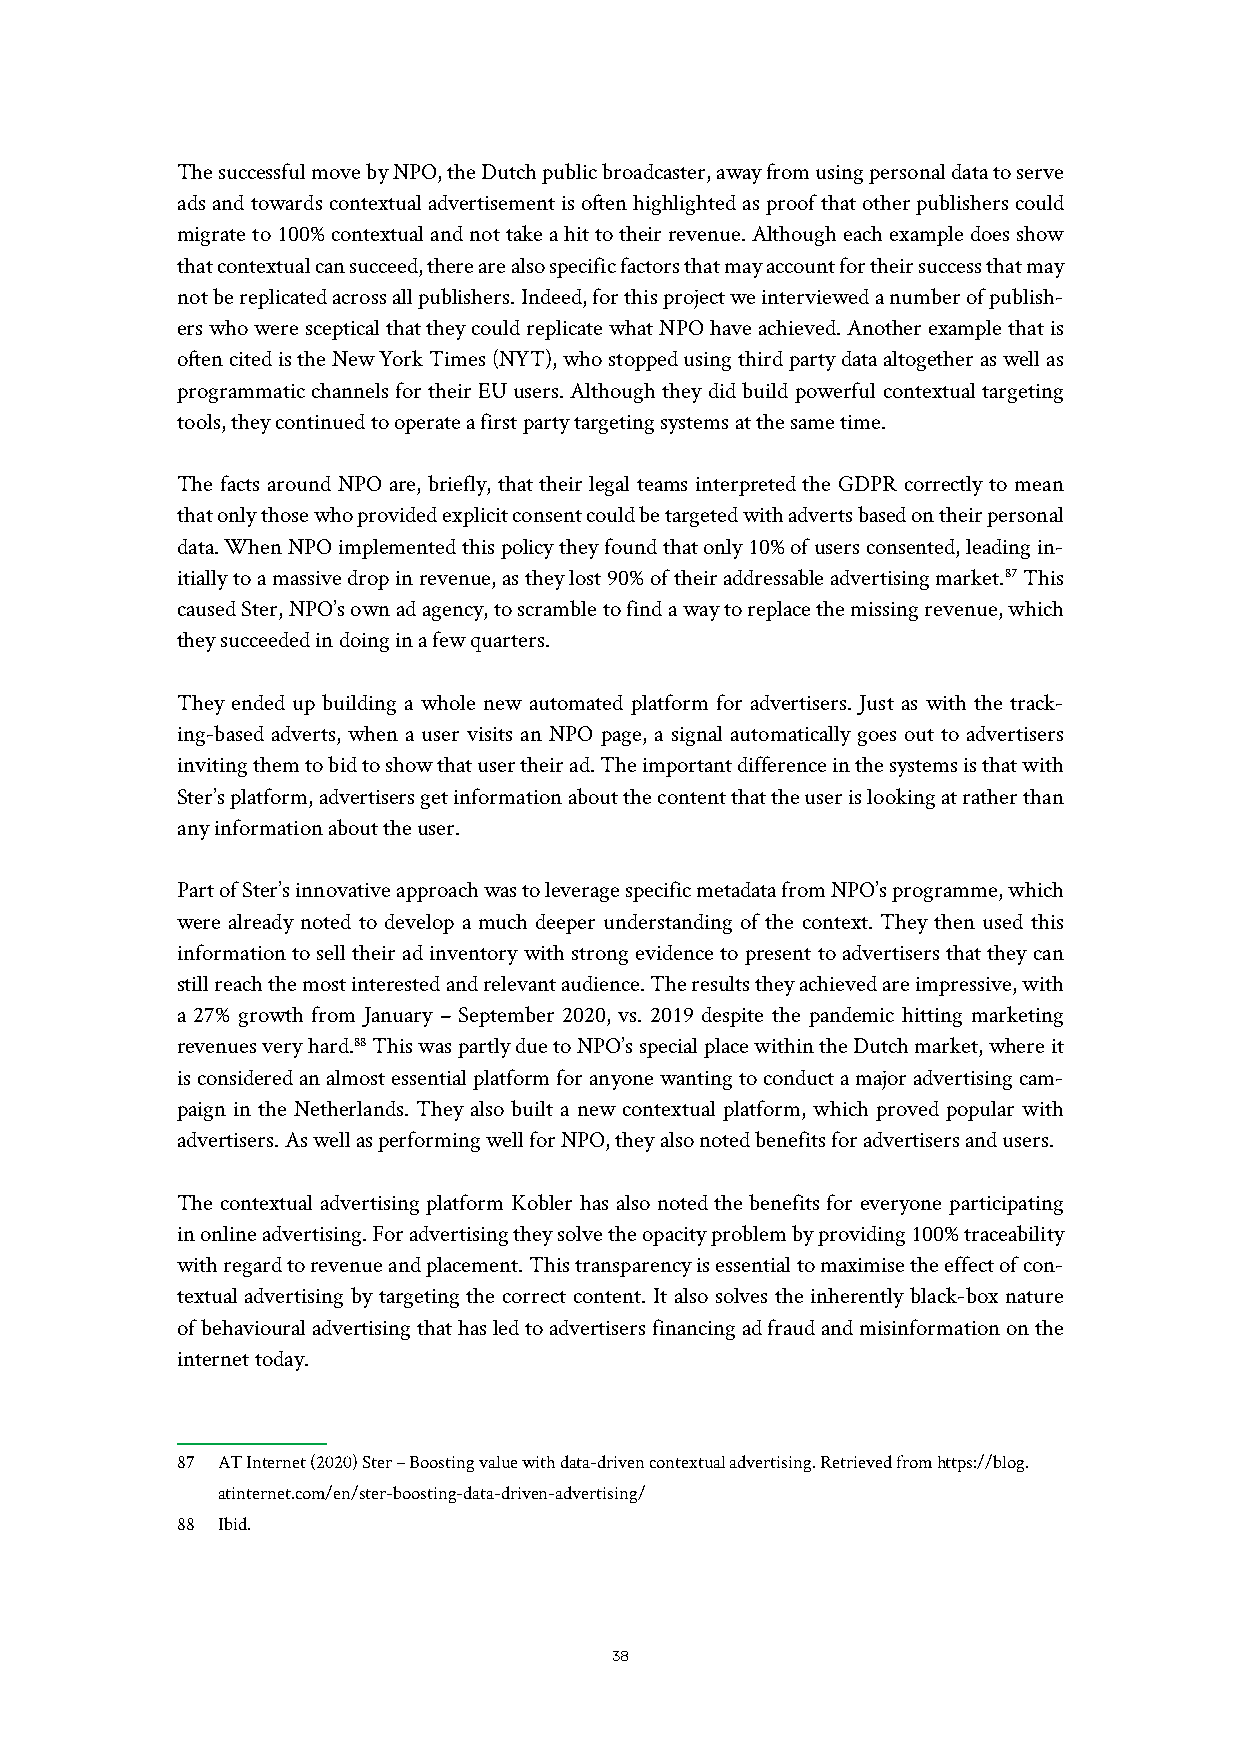
The successful move by NPO, the Dutch public broadcaster, away from using personal data to serve
 ads and towards contextual advertisement is often highlighted as proof that other publishers could
 migrate to 100% contextual and not take a hit to their revenue. Although each example does show
 that contextual can succeed, there are also specific factors that may account for their success that may
 not be replicated across all publishers. Indeed, for this project we interviewed a number of publish-
 ers who were sceptical that they could replicate what NPO have achieved. Another example that is
 often cited is the New York Times (NYT), who stopped using third party data altogether as well as
 programmatic channels for their EU users. Although they did build powerful contextual targeting
 tools, they continued to operate a first party targeting systems at the same time.
 The facts around NPO are, briefly, that their legal teams interpreted the GDPR correctly to mean
 that only those who provided explicit consent could be targeted with adverts based on their personal
 data. When NPO implemented this policy they found that only 10% of users consented, leading in-
 itially to a massive drop in revenue, as they lost 90% of their addressable advertising market.87 This
 caused Ster, NPO’s own ad agency, to scramble to find a way to replace the missing revenue, which
 they succeeded in doing in a few quarters.
 They ended up building a whole new automated platform for advertisers. Just as with the track-
 ing-based adverts, when a user visits an NPO page, a signal automatically goes out to advertisers
 inviting them to bid to show that user their ad. The important difference in the systems is that with
 Ster’s platform, advertisers get information about the content that the user is looking at rather than
 any information about the user.
 Part of Ster’s innovative approach was to leverage specific metadata from NPO’s programme, which
 were already noted to develop a much deeper understanding of the context. They then used this
 information to sell their ad inventory with strong evidence to present to advertisers that they can
 still reach the most interested and relevant audience. The results they achieved are impressive, with
 a 27% growth from January – September 2020, vs. 2019 despite the pandemic hitting marketing
 revenues very hard.88 This was partly due to NPO’s special place within the Dutch market, where it
 is considered an almost essential platform for anyone wanting to conduct a major advertising cam-
 paign in the Netherlands. They also built a new contextual platform, which proved popular with
 advertisers. As well as performing well for NPO, they also noted benefits for advertisers and users.
 The contextual advertising platform Kobler has also noted the benefits for everyone participating
 in online advertising. For advertising they solve the opacity problem by providing 100% traceability
 with regard to revenue and placement. This transparency is essential to maximise the effect of con-
 textual advertising by targeting the correct content. It also solves the inherently black-box nature
 of behavioural advertising that has led to advertisers financing ad fraud and misinformation on the
 internet today.
 87 AT Internet (2020) Ster – Boosting value with data-driven contextual advertising. Retrieved from https://blog.
 atinternet.com/en/ster-boosting-data-driven-advertising/
 88 Ibid.
 38